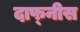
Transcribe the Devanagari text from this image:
दाफ्नीस